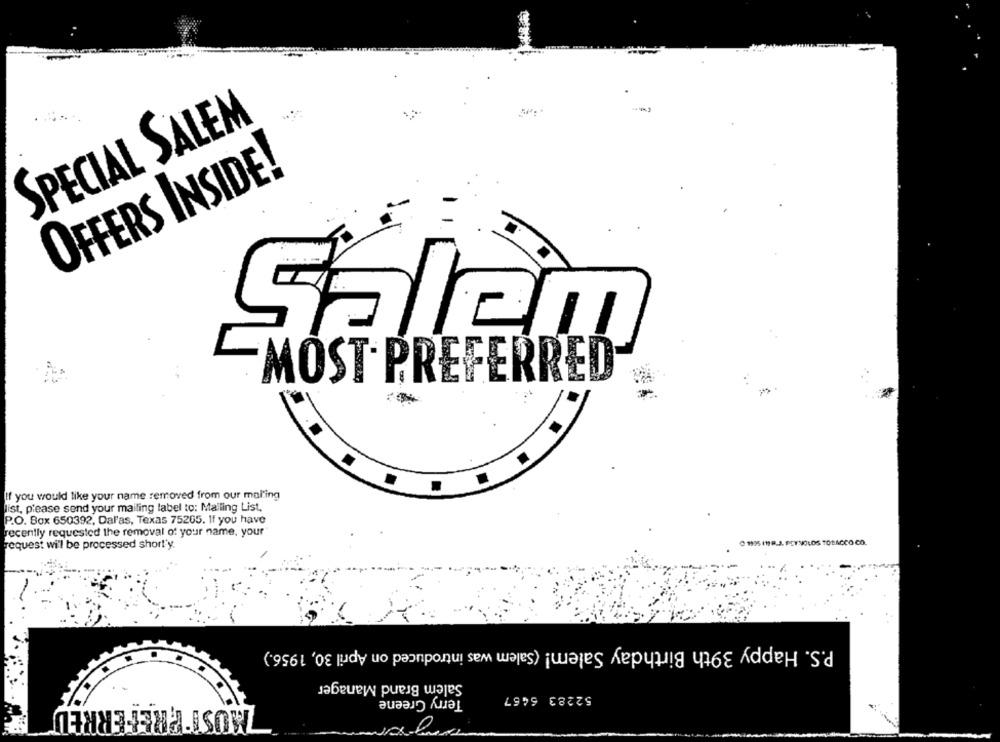
-
SPECIAL SALEM
OFFERS INSIDE!
Salen
MOST PREFERRED
If you would like your name removed from our mal'ing
list, please send your mailing label to: Mailing List,
P.O. Box 650392, Dal'as, Texas 75265. If you have
recently requested the removal of your name, your
O 1995 (1R.J. REYNOLDS TOBACCO CO.
request will be processed short'y.
P.S. Happy 39th Birthday Salem! (Salem was introduced on April 30, 1956.)
Salem Brand Manager
52283 6467
Terry Greene
MOST PREFERRED